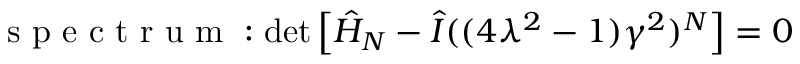
\begin{array} { r } { \mathrm { ~ s ~ p ~ e ~ c ~ t ~ r ~ u ~ m ~ } : \operatorname* { d e t } \left[ \hat { H } _ { N } - \hat { I } ( ( 4 \lambda ^ { 2 } - 1 ) \gamma ^ { 2 } ) ^ { N } \right] = 0 } \end{array}